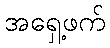
အရှေ့ဖက်